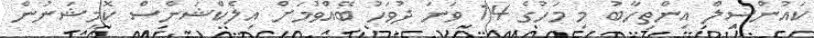
ކައުންސިލް އިންތިހާބު މި މަހުގެ 14 ވަނަ ދުވަހު ބޭއްވުމަށް އިލެކްޝަންސް ކޮމިޝަނުން